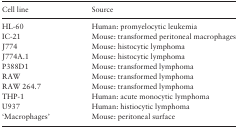
<table><thead><tr><td><b>Cell line</b></td><td><b>Source</b></td></tr></thead><tbody><tr><td>HL-60</td><td>Human: promyelocytic leukemia</td></tr><tr><td>IC-21</td><td>Mouse: transformed peritoneal macrophages</td></tr><tr><td>J774</td><td>Mouse: histocytic lymphoma</td></tr><tr><td>J774A.1</td><td>Mouse: histocytic lymphoma</td></tr><tr><td>P388D1</td><td>Mouse: transformed lymphoma</td></tr><tr><td>RAW</td><td>Mouse: transformed lymphoma</td></tr><tr><td>RAW 264.7</td><td>Mouse: transformed lymphoma</td></tr><tr><td>THP-1</td><td>Human: acute monocytic lymphoma</td></tr><tr><td>U937</td><td>Human: histiocytic lymphoma</td></tr><tr><td>‘Macrophages’</td><td>Mouse: peritoneal surface</td></tr></tbody></table>